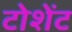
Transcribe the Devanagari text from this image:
टोशेंट